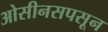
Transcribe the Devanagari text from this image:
ओसीनसपसून